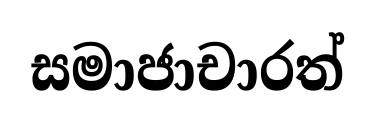
සමාජාචාරත්